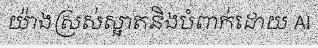
យ៉ាងស្រស់ស្អាតនិងបំពាក់ដោយ AI